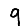
Digit: 9